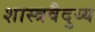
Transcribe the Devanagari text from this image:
शास्त्रवैदुय्य